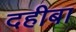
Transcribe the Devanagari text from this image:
दहीबा